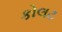
કોલટ